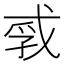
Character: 𪭐